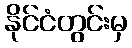
နိုင်ငံတွင်းမှ